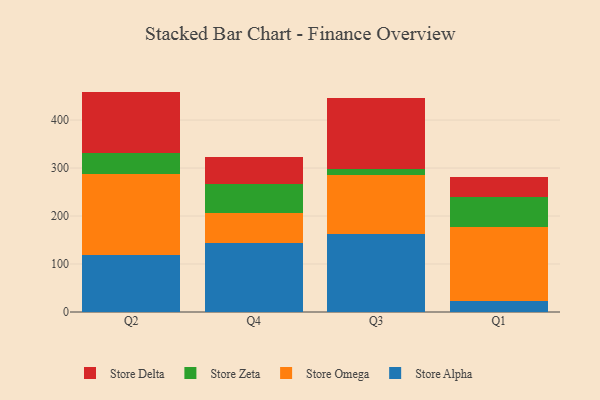
{"axis": {"x": "Quarter", "y": "Gross Profit (USD K)"}, "legend": ["Store Alpha", "Store Delta", "Store Omega", "Store Zeta"], "data": [{"x": "Q2", "y": 117.9, "type": "Store Alpha"}, {"x": "Q2", "y": 168.7, "type": "Store Omega"}, {"x": "Q2", "y": 44.3, "type": "Store Zeta"}, {"x": "Q2", "y": 128.4, "type": "Store Delta"}, {"x": "Q4", "y": 143.5, "type": "Store Alpha"}, {"x": "Q4", "y": 63.1, "type": "Store Omega"}, {"x": "Q4", "y": 60.9, "type": "Store Zeta"}, {"x": "Q4", "y": 56.0, "type": "Store Delta"}, {"x": "Q3", "y": 161.7, "type": "Store Alpha"}, {"x": "Q3", "y": 123.6, "type": "Store Omega"}, {"x": "Q3", "y": 11.8, "type": "Store Zeta"}, {"x": "Q3", "y": 148.9, "type": "Store Delta"}, {"x": "Q1", "y": 22.3, "type": "Store Alpha"}, {"x": "Q1", "y": 155.3, "type": "Store Omega"}, {"x": "Q1", "y": 62.5, "type": "Store Zeta"}, {"x": "Q1", "y": 41.1, "type": "Store Delta"}]}